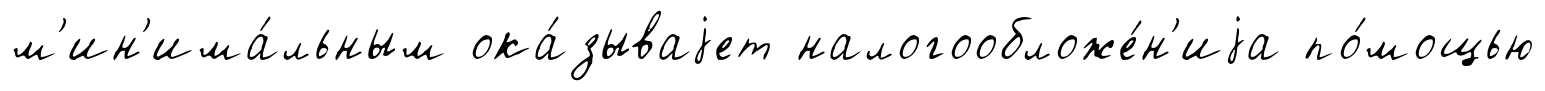
м'ин'има́льным ока́зываjет налогообложе́н'иjа по́мощью